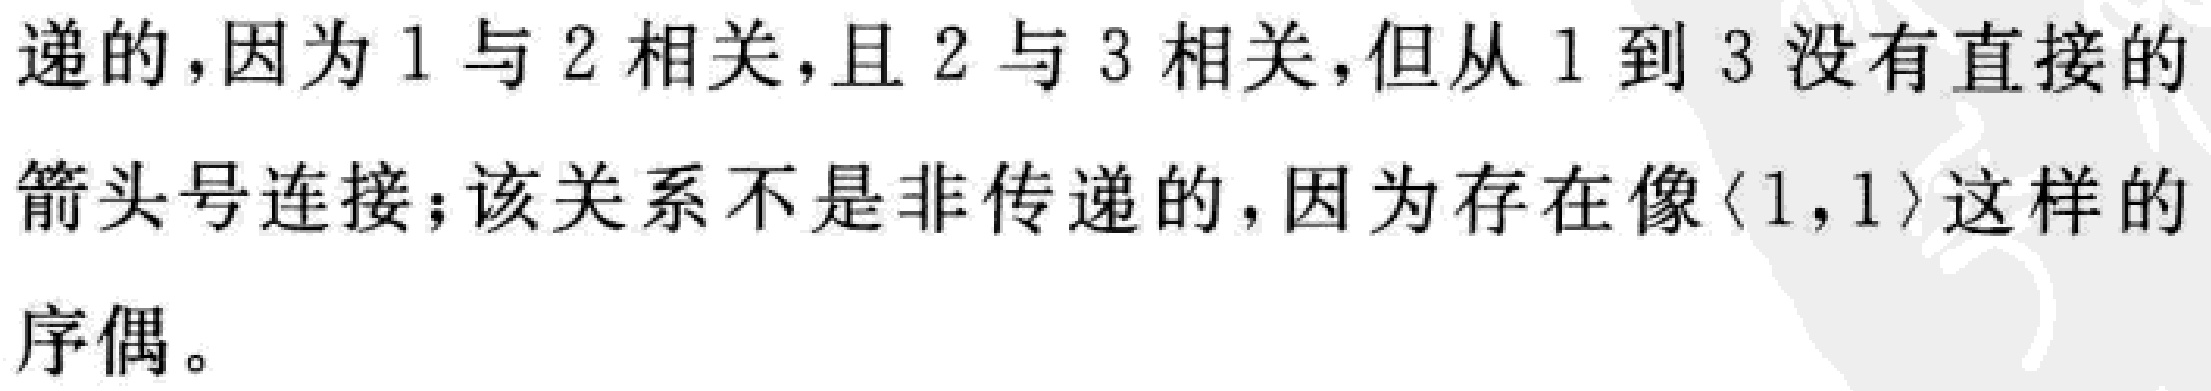
递的,因为 1 与 2 相关,且 2 与 3 相关,但从 1 到 3 没有直接的箭头号连接;该关系不是非传递的,因为存在像$\langle 1,1\rangle$这样的序偶。